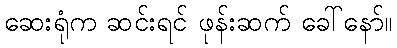
ဆေးရုံက ဆင်းရင် ဖုန်းဆက် ခေါ်နော်။